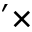
^ \prime \times